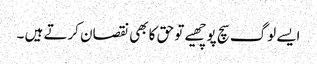
ایسے لوگ سچ پوچھیے تو حق کا بھی نقصان کرتے ہیں ۔